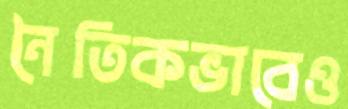
নৈতিকভাবেও